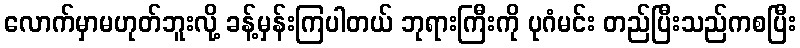
လောက်မှာမဟုတ်ဘူးလို့ ခန့်မှန်းကြပါတယ် ဘုရားကြီးကို ပုဂံမင်း တည်ပြီးသည်ကစပြီး